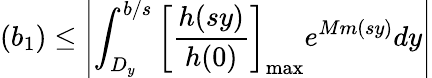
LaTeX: (b_{1})\leq\left|\int_{D_{y}}^{b/s}\left[{\frac{h(sy)}{h(0)}}\right]_{\mathrm{max}}e^{Mm(sy)}dy\right|